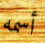
أسمه